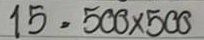
15 = 500x500